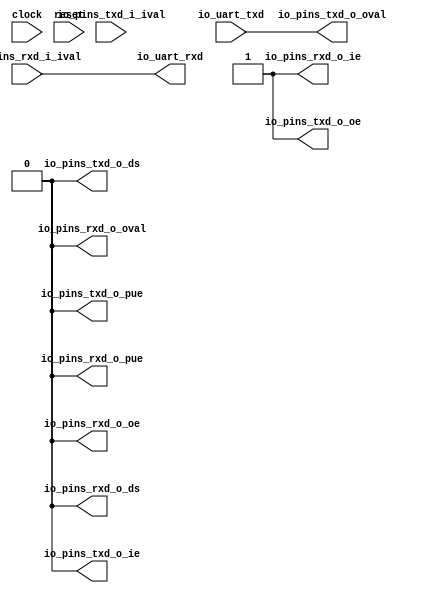
 /*                                                                      
 Copyright 2018 Nuclei System Technology, Inc.                
                                                                         
 Licensed under the Apache License, Version 2.0 (the "License");         
 you may not use this file except in compliance with the License.        
 You may obtain a copy of the License at                                 
                                                                         
     http://www.apache.org/licenses/LICENSE-2.0                          
                                                                         
  Unless required by applicable law or agreed to in writing, software    
 distributed under the License is distributed on an "AS IS" BASIS,       
 WITHOUT WARRANTIES OR CONDITIONS OF ANY KIND, either express or implied.
 See the License for the specific language governing permissions and     
 limitations under the License.                                          
 */                                                                      
                                                                         
                                                                         
                                                                         
module sirv_uartgpioport(
  input   clock,
  input   reset,
  input   io_uart_txd,
  output  io_uart_rxd,
  input   io_pins_rxd_i_ival,
  output  io_pins_rxd_o_oval,
  output  io_pins_rxd_o_oe,
  output  io_pins_rxd_o_ie,
  output  io_pins_rxd_o_pue,
  output  io_pins_rxd_o_ds,
  input   io_pins_txd_i_ival,
  output  io_pins_txd_o_oval,
  output  io_pins_txd_o_oe,
  output  io_pins_txd_o_ie,
  output  io_pins_txd_o_pue,
  output  io_pins_txd_o_ds
);
  assign io_uart_rxd = io_pins_rxd_i_ival;
  assign io_pins_rxd_o_oval = 1'h0;
  assign io_pins_rxd_o_oe = 1'h0;
  assign io_pins_rxd_o_ie = 1'h1;
  assign io_pins_rxd_o_pue = 1'h0;
  assign io_pins_rxd_o_ds = 1'h0;
  assign io_pins_txd_o_oval = io_uart_txd;
  assign io_pins_txd_o_oe = 1'h1;
  assign io_pins_txd_o_ie = 1'h0;
  assign io_pins_txd_o_pue = 1'h0;
  assign io_pins_txd_o_ds = 1'h0;
endmodule